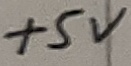
Text: +5V